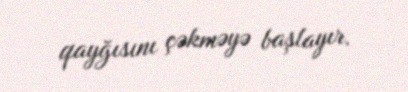
qayğısını çəkməyə başlayır.